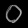
Digit: ၀